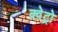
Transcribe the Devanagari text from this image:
क्वेट्रो